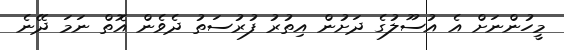
މީހުންނަށް އެ އުސޫލުގެ ދަށުން އިތުރު ފުރުސަތު ދެވެން އޮތް ނަމަ ދޭނެ